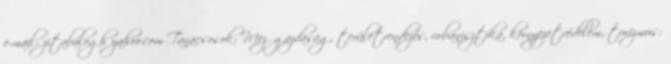
e-mail: zitabalogh yahoo.com Tanácsosok: Mezőgazdaság, területrendezés, urbanisztika, környezetvédelem, turizmus: